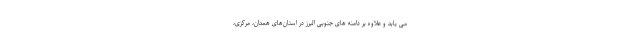
می یابد و علاوه بر دامنه های جنوبی البرز در استان‌های همدان، مرکزی،